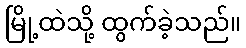
မြို့ထဲသို့ ထွက်ခဲ့သည်။